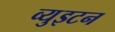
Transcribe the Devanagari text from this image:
व्युइटन